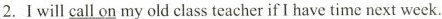
2. I will\underline{ call on } my old class teacher if I have time next week.